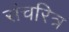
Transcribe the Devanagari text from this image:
संचरित्र